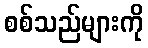
စစ်သည်များကို